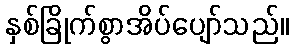
နှစ်ခြိုက်စွာအိပ်ပျော်သည်။